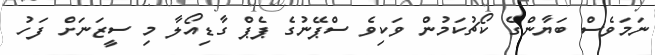
ނަމަވެސް ބަޔާންގެ ކޯޗުކަމުން ވަކިވެ ސްޕޭނުގެ ޕެޕް ގާޑިއޯލާ މި ސީޒަނަށް ފަހު